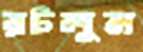
রটলুম